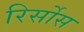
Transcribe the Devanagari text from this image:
रिर्सोस